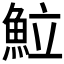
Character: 𩶘